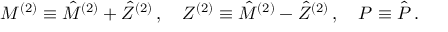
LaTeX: M ^ { ( 2 ) } \equiv \hat { M } ^ { ( 2 ) } + \hat { Z } ^ { ( 2 ) } \, , \quad Z ^ { ( 2 ) } \equiv \hat { M } ^ { ( 2 ) } - \hat { Z } ^ { ( 2 ) } \, , \quad P \equiv \hat { P } \, .